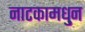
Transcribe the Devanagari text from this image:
नाटकामधु्न